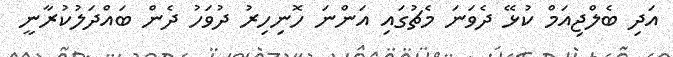
އަދި ބެލްޖިއަމް ކުޅޭ ދެވަނަ މެޗުގައި އަންނަ ހޮނިހިރު ދުވަހު ދެން ބައްދަލުކުރާނީ